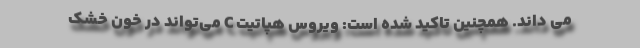
می داند. همچنین تاکید شده است: ویروس هپاتیت C می‌تواند در خون خشک